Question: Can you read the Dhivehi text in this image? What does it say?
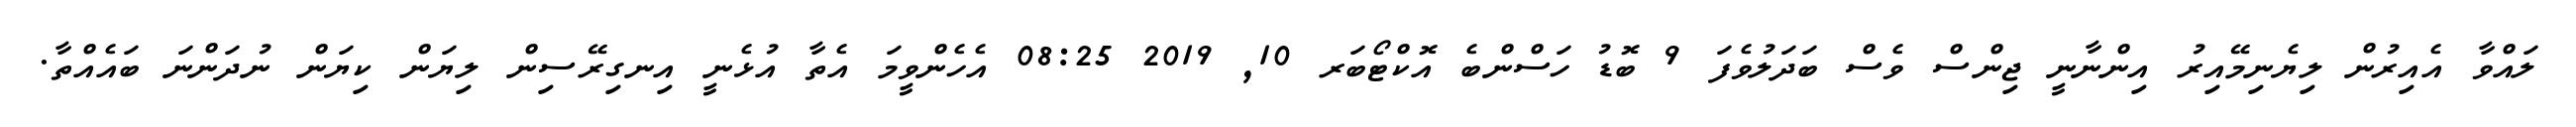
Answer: ލައްވާ އެއިރުން ލިޔެނިމޭއިރު އިންނާނީ ޖިންސް ވެސް ބަދަލުވެފަ 9 ބޮޑު ހަސްންބެ އޮކްޓޯބަރ 10, 2019 08:25 އެހެންވީމަ އެތާ އުޅެނީ އިނގިރޭސިން ލިޔަން ކިޔަން ނުދަންނަ ބައެއްތާ.